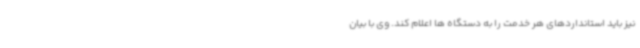
نیز باید استانداردهای هر خدمت را به دستگاه ها اعلام کند. وی با بیان